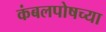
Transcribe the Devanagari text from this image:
कंबलपोषच्या